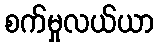
စက်မှုလယ်ယာ